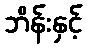
ဘိန်းနှင့်